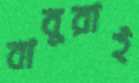
বাবুরাই